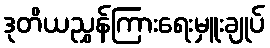
ဒုတိယညွှန်ကြားရေးမှူးချုပ်